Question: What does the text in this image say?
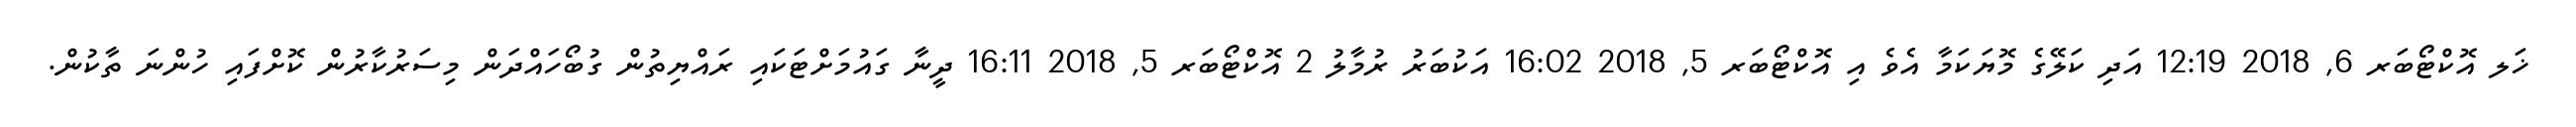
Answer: ޚަލ އޮކްޓޯބަރ 6, 2018 12:19 އަދި ކަލޭގެ މޮޔަކަމާ އެވެ އި އޮކްޓޯބަރ 5, 2018 16:02 އަކުބަރު ރުމާލު 2 އޮކްޓޯބަރ 5, 2018 16:11 ދީނާ ގައުމަށްޓަކައި ރައްޔިތުން ގުބޯހައްދަން މިސަރުކާރުން ކޮށްފައި ހުންނަ ތާކުން.